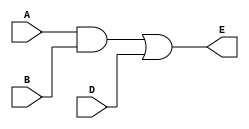
module gates_out_1 (A, B, D, E);

  input A, B, D;
  output E;

  wire C;

  assign C = A && B;
  assign E = C || D;

endmodule